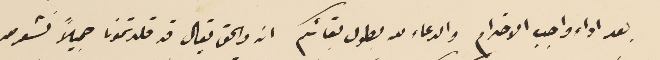
بعد اداء واجب الاحترام والدعاء لله بطول بقائكم انه والحق يقال قد قلدتمونا جميلاً نشعر معه